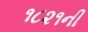
૧૮૨૧ની